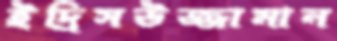
ইদ্রিসউজ্জামান